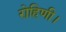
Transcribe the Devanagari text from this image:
रोहिणी।